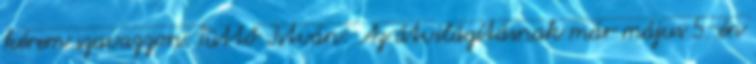
kérem szavazzon. Tüttő István: Az átvilágításnak már május 5-én